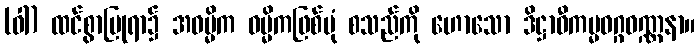
(ဝါ) ထင်စွာပြုရာ၌ အဓမ္မိက ဓမ္မိကဖြစ်ပုံ စသည်ကို ဟောသော ဒိဋ္ဌာဝီကမ္မဝဂ္ဂဝဏ္ဏနာ။